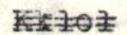
Kklol